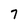
Character: 7